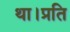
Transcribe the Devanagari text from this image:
था।प्रति